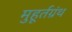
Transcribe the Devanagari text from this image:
मुहूर्तग्रंथ